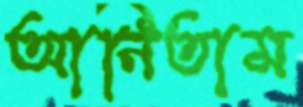
আনিতাম